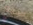
سبع